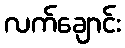
လက်ချောင်း